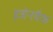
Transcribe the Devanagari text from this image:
हजेनवैक